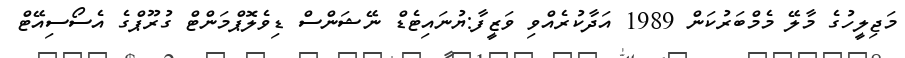
މަޖިލީހުގެ މާލޭ މެމްބަރުކަން 1989 އަދާކުރެއްވި ވަޒީފާ:ޔުނައިޓެޑް ނޭޝަންސް ޑިވެލޮޕްމަންޓް ގުރޫޕްގެ އެސޯސިއޭޓް